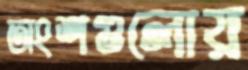
অংশগুলোয়